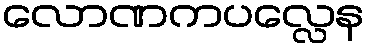
လောဏကပလ္လေန